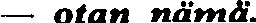
— otan nämä.